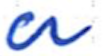
Text: a
Cross-out: clean
Writing tool: ballpoint